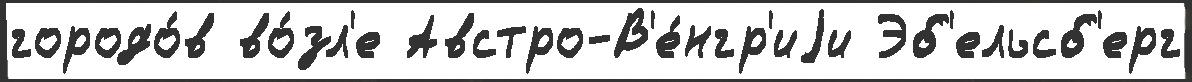
городо́в во́зл'е Австро-В'е́нгр'иjи Эб'ельсб'ерг